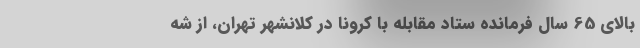
بالای 65 سال فرمانده ستاد مقابله با کرونا در کلانشهر تهران، از شه